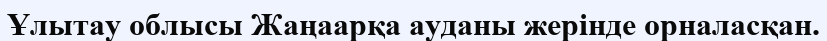
Ұлытау облысы Жаңаарқа ауданы жерінде орналасқан.